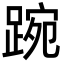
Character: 踠